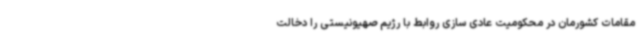
مقامات کشورمان در محکومیت عادی سازی روابط با رژیم صهیونیستی را دخالت